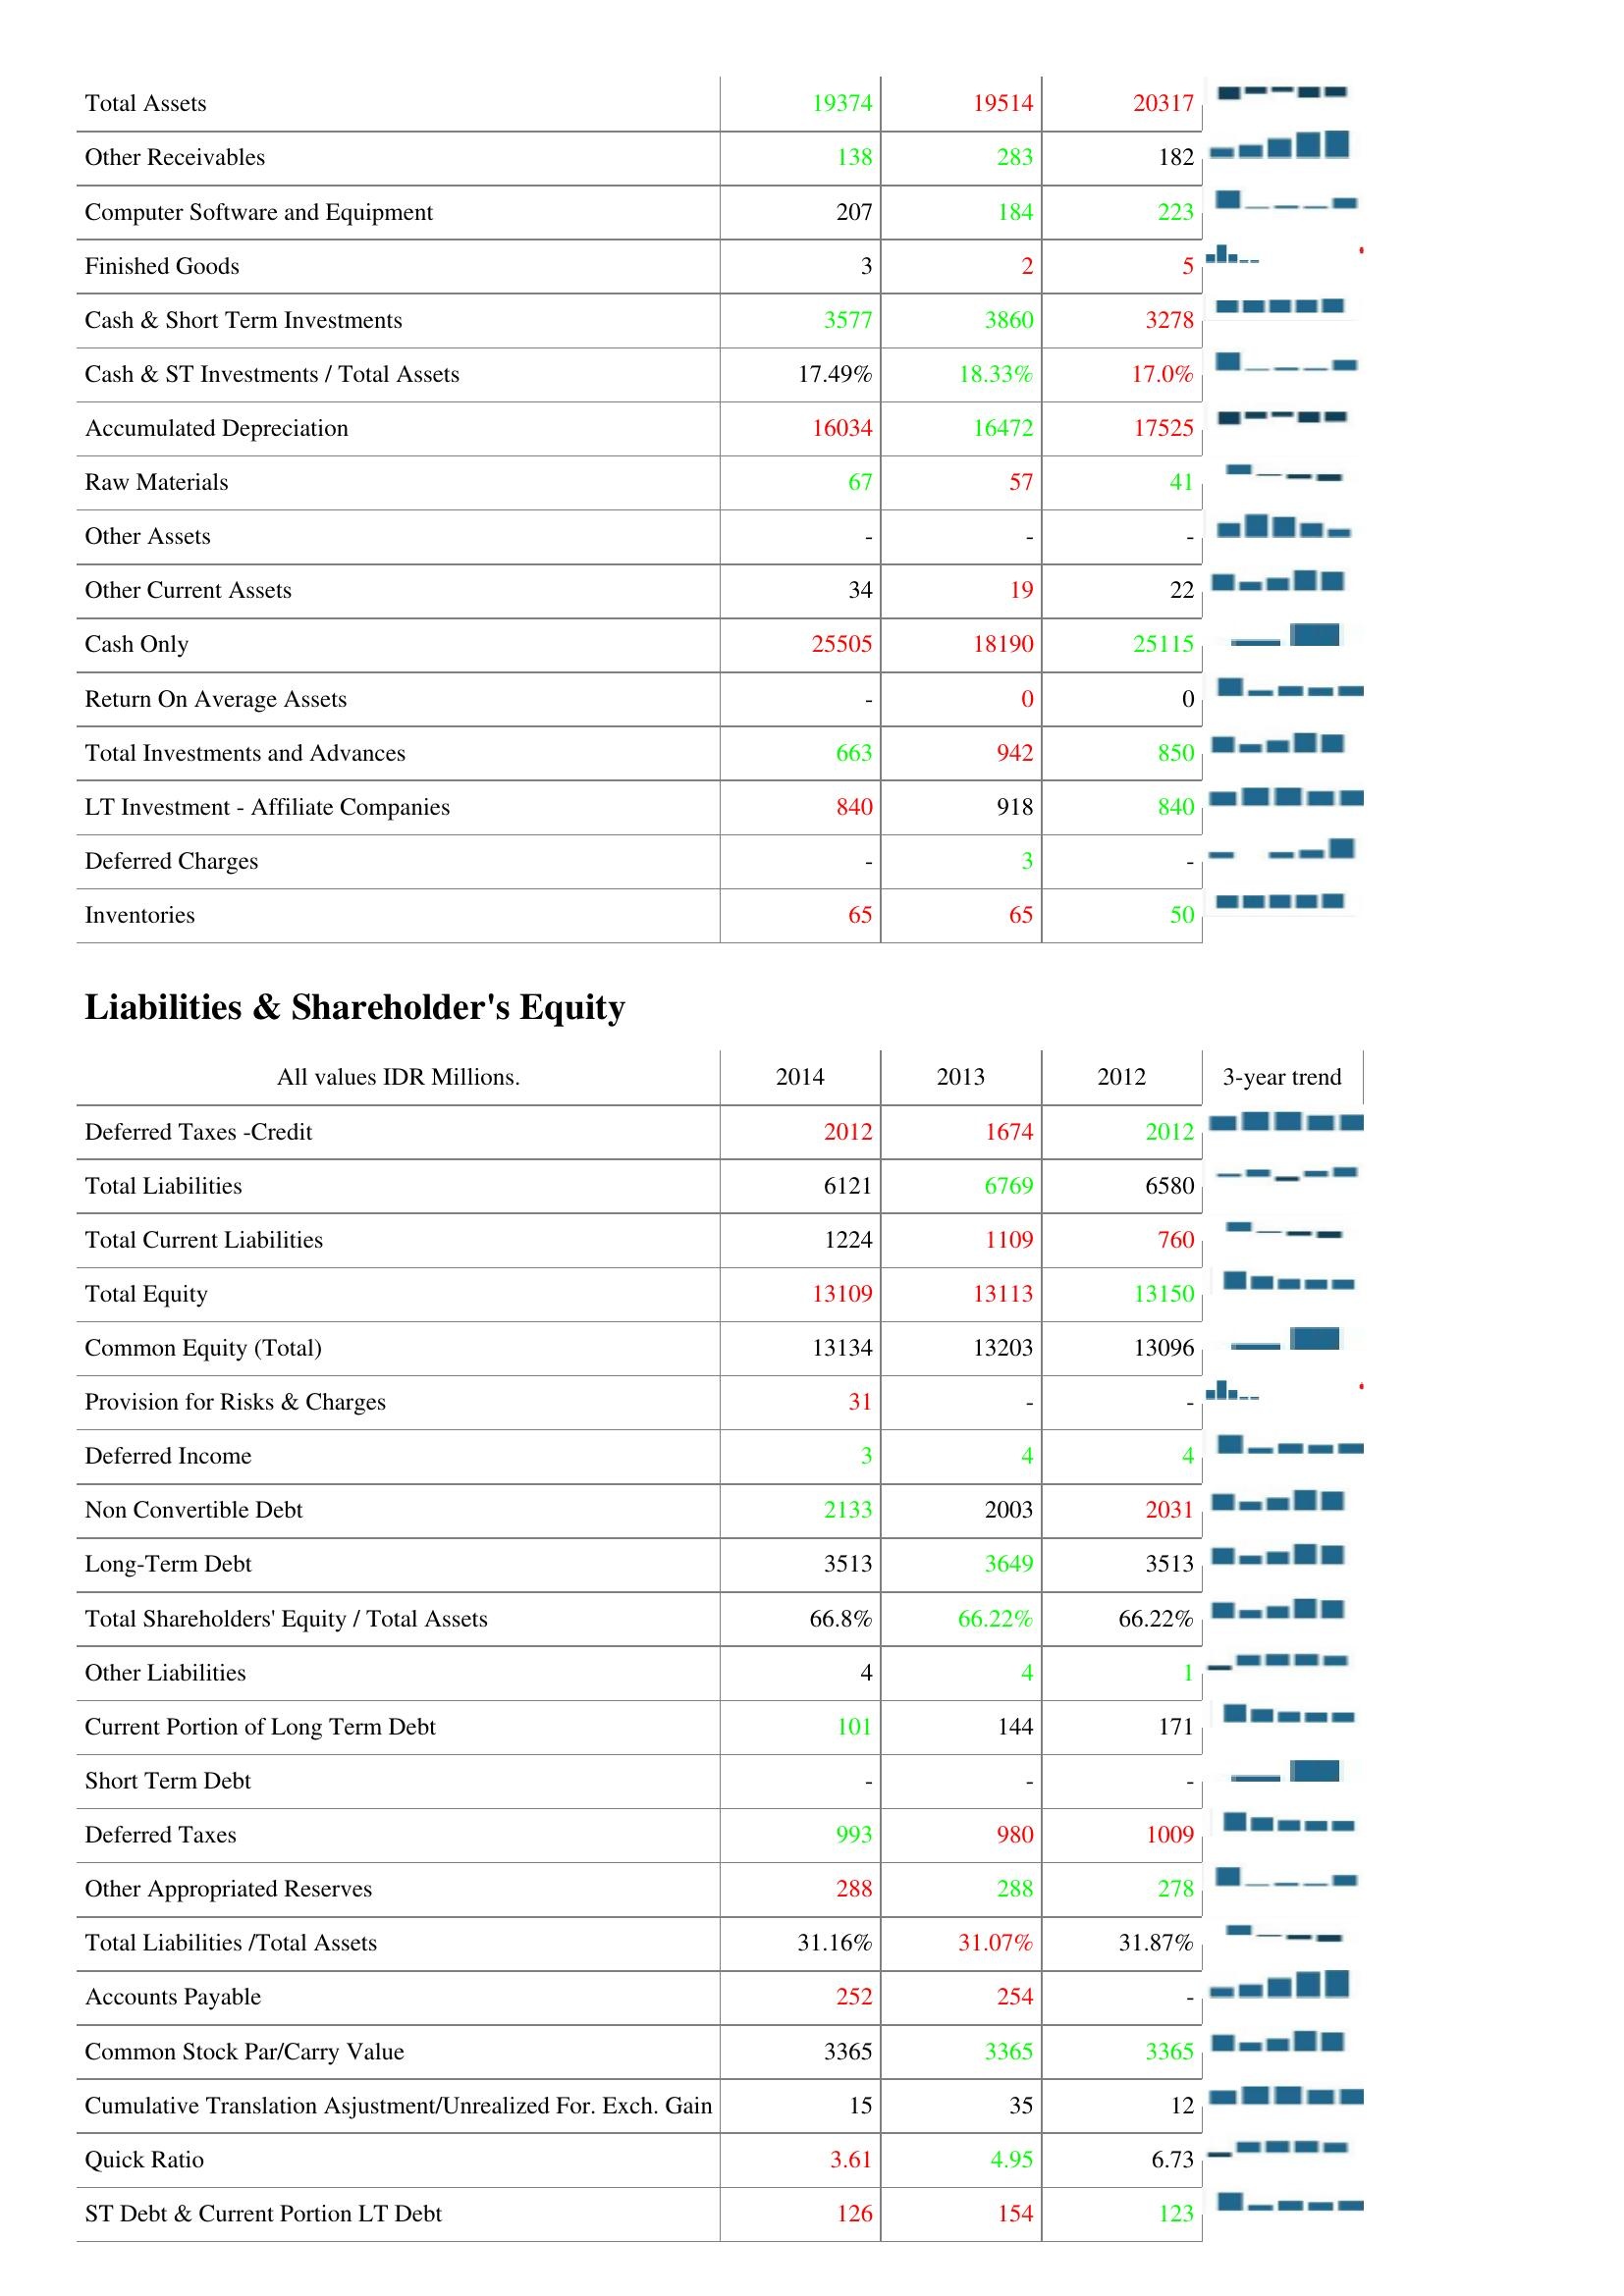
2014: Assets: Total Assets: 19374
Other Receivables: 138
Computer Software and Equipment: 207
Finished Goods: 3
Cash & Short Term Investments: 3577
Cash & ST Investments / Total Assets: 17.49%
Accumulated Depreciation: 16034
Raw Materials: 67
Other Assets: -
Other Current Assets: 34
Cash Only: 25505
Return On Average Assets: -
Total Investments and Advances: 663
LT Investment - Affiliate Companies: 840
Deferred Charges: -
Inventories: 65
Liabilities & Shareholder's Equity: Deferred Taxes -Credit: 2012
Total Liabilities: 6121
Total Current Liabilities: 1224
Total Equity: 13109
Common Equity (Total): 13134
Provision for Risks & Charges: 31
Deferred Income: 3
Non Convertible Debt: 2133
Long-Term Debt: 3513
Total Shareholders' Equity / Total Assets: 66.8%
Other Liabilities: 4
Current Portion of Long Term Debt: 101
Short Term Debt: -
Deferred Taxes: 993
Other Appropriated Reserves: 288
Total Liabilities /Total Assets: 31.16%
Accounts Payable: 252
Common Stock Par/Carry Value: 3365
Cumulative Translation Asjustment/Unrealized For. Exch. Gain: 15
Quick Ratio: 3.61
ST Debt & Current Portion LT Debt: 126
2013: Assets: Total Assets: 19514
Other Receivables: 283
Computer Software and Equipment: 184
Finished Goods: 2
Cash & Short Term Investments: 3860
Cash & ST Investments / Total Assets: 18.33%
Accumulated Depreciation: 16472
Raw Materials: 57
Other Assets: -
Other Current Assets: 19
Cash Only: 18190
Return On Average Assets: 0
Total Investments and Advances: 942
LT Investment - Affiliate Companies: 918
Deferred Charges: 3
Inventories: 65
Liabilities & Shareholder's Equity: Deferred Taxes -Credit: 1674
Total Liabilities: 6769
Total Current Liabilities: 1109
Total Equity: 13113
Common Equity (Total): 13203
Provision for Risks & Charges: -
Deferred Income: 4
Non Convertible Debt: 2003
Long-Term Debt: 3649
Total Shareholders' Equity / Total Assets: 66.22%
Other Liabilities: 4
Current Portion of Long Term Debt: 144
Short Term Debt: -
Deferred Taxes: 980
Other Appropriated Reserves: 288
Total Liabilities /Total Assets: 31.07%
Accounts Payable: 254
Common Stock Par/Carry Value: 3365
Cumulative Translation Asjustment/Unrealized For. Exch. Gain: 35
Quick Ratio: 4.95
ST Debt & Current Portion LT Debt: 154
2012: Assets: Total Assets: 20317
Other Receivables: 182
Computer Software and Equipment: 223
Finished Goods: 5
Cash & Short Term Investments: 3278
Cash & ST Investments / Total Assets: 17.0%
Accumulated Depreciation: 17525
Raw Materials: 41
Other Assets: -
Other Current Assets: 22
Cash Only: 25115
Return On Average Assets: 0
Total Investments and Advances: 850
LT Investment - Affiliate Companies: 840
Deferred Charges: -
Inventories: 50
Liabilities & Shareholder's Equity: Deferred Taxes -Credit: 2012
Total Liabilities: 6580
Total Current Liabilities: 760
Total Equity: 13150
Common Equity (Total): 13096
Provision for Risks & Charges: -
Deferred Income: 4
Non Convertible Debt: 2031
Long-Term Debt: 3513
Total Shareholders' Equity / Total Assets: 66.22%
Other Liabilities: 1
Current Portion of Long Term Debt: 171
Short Term Debt: -
Deferred Taxes: 1009
Other Appropriated Reserves: 278
Total Liabilities /Total Assets: 31.87%
Accounts Payable: -
Common Stock Par/Carry Value: 3365
Cumulative Translation Asjustment/Unrealized For. Exch. Gain: 12
Quick Ratio: 6.73
ST Debt & Current Portion LT Debt: 123